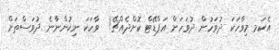
އެކަމ މިވާހަކަ ދުވަހުން ދުވަހަށް އަޕްޑޭޓް ކޮށްދެއްޗޭ!  ވާހަކަ ނިކުންނާނެ ދުވަސްތަށް